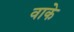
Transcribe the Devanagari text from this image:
वाके